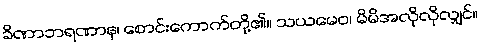
ခိဏာဘရဏာန၊ စောင်းကောက်တို့၏။ သယမေဝ၊ မိမိအလိုလိုလျှင်။